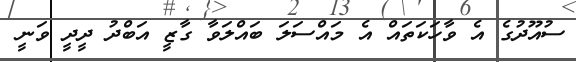
ސުއޫދުގެ އެ ވާހަކަތައް އެ މައްސަލަ ބައްލަވާ ގާޒީ އަބްދު ދީދީ ވަނީ